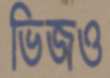
ভিজও